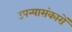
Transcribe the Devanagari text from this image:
उपन्यासंकारों